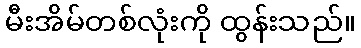
မီးအိမ်တစ်လုံးကို ထွန်းသည်။